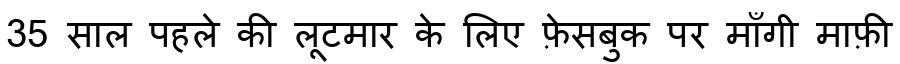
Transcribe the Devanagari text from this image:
35 साल पहले की लूटमार के लिए फ़ेसबुक पर माँगी माफ़ी